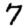
Digit: 7